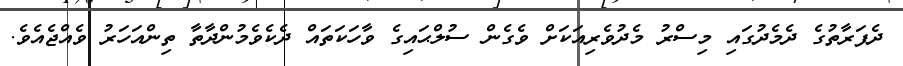
ދެފަރާތުގެ ދެމެދުގައި މިސްރު މެދުވެރިއަކަށް ވެގެން ސުލްޙައިގެ ވާހަކަތައް ދެކެވެމުންދާތާ ތިންއަހަރު ވެއްޖެއެވެ.